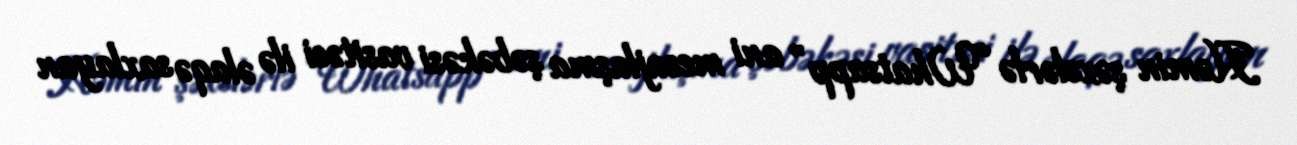
Həmin şəxslərlə “Whatsapp” ani mesajlaşma şəbəkəsi vasitəsi ilə əlaqə saxlayan